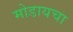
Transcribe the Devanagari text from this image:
मोडायचा